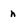
Character: h